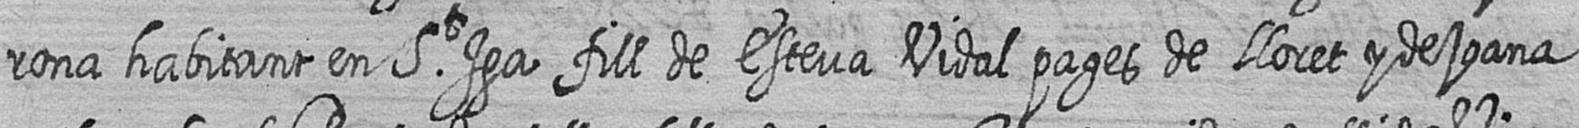
rona habitant en St Iga fill de Esteva Vidal pages de Lloret y de joana